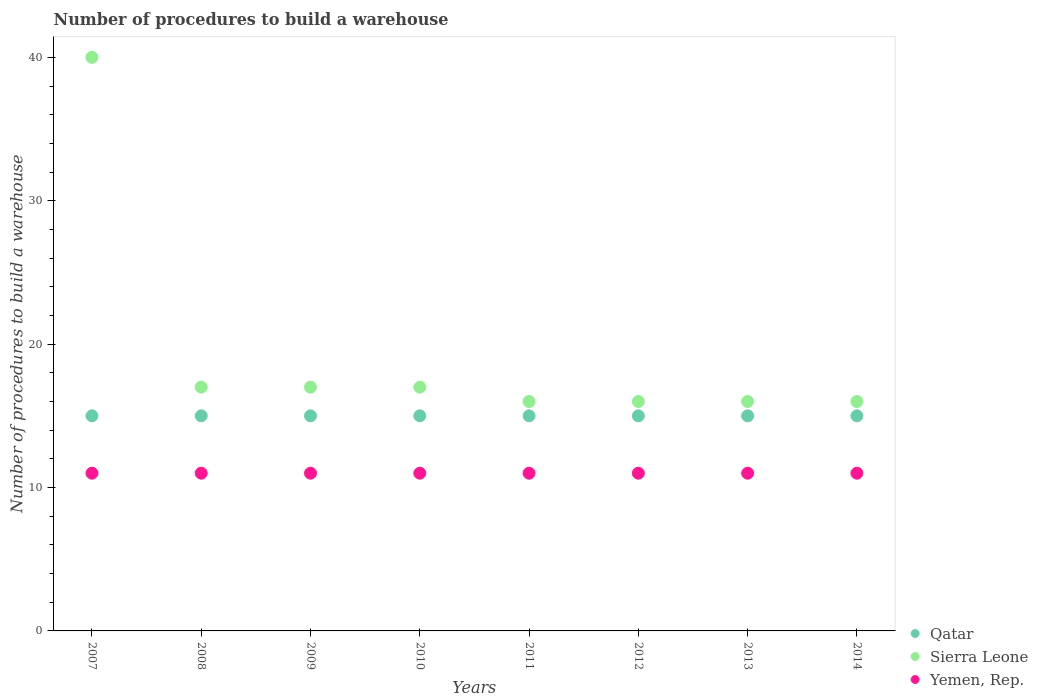
| Years | Qatar | Sierra Leone | Yemen, Rep. |
 | --- | --- | --- | --- |
 | 2007 | 15 | 40 | 11 |
 | 2008 | 15 | 17 | 11 |
 | 2009 | 15 | 17 | 11 |
 | 2010 | 15 | 17 | 11 |
 | 2011 | 15 | 16 | 11 |
 | 2012 | 15 | 16 | 11 |
 | 2013 | 15 | 16 | 11 |
 | 2014 | 15 | 16 | 11 |